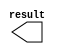
// megafunction wizard: %LPM_CONSTANT%VBB%
// GENERATION: STANDARD
// VERSION: WM1.0
// MODULE: LPM_CONSTANT 

// ============================================================
// Megafunction Name(s):
// 			LPM_CONSTANT
//
// Simulation Library Files(s):
// 			
// ============================================================
// ************************************************************
// THIS IS A WIZARD-GENERATED FILE. DO NOT EDIT THIS FILE!
//
// 17.0.0 Build 595 04/25/2017 SJ Standard Edition
// ************************************************************

//Copyright (C) 2017  Intel Corporation. All rights reserved.
//Your use of Intel Corporation's design tools, logic functions 
//and other software and tools, and its AMPP partner logic 
//functions, and any output files from any of the foregoing 
//(including device programming or simulation files), and any 
//associated documentation or information are expressly subject 
//to the terms and conditions of the Intel Program License 
//Subscription Agreement, the Intel Quartus Prime License Agreement,
//the Intel MegaCore Function License Agreement, or other 
//applicable license agreement, including, without limitation, 
//that your use is for the sole purpose of programming logic 
//devices manufactured by Intel and sold by Intel or its 
//authorized distributors.  Please refer to the applicable 
//agreement for further details.

module constant16 (
	result)/* synthesis synthesis_clearbox = 1 */;

	output	[31:0]  result;

endmodule

// ============================================================
// CNX file retrieval info
// ============================================================
// Retrieval info: PRIVATE: INTENDED_DEVICE_FAMILY STRING "Cyclone IV E"
// Retrieval info: PRIVATE: JTAG_ENABLED NUMERIC "0"
// Retrieval info: PRIVATE: JTAG_ID STRING "NONE"
// Retrieval info: PRIVATE: Radix NUMERIC "10"
// Retrieval info: PRIVATE: SYNTH_WRAPPER_GEN_POSTFIX STRING "0"
// Retrieval info: PRIVATE: Value NUMERIC "16"
// Retrieval info: PRIVATE: nBit NUMERIC "32"
// Retrieval info: PRIVATE: new_diagram STRING "1"
// Retrieval info: LIBRARY: lpm lpm.lpm_components.all
// Retrieval info: CONSTANT: LPM_CVALUE NUMERIC "16"
// Retrieval info: CONSTANT: LPM_HINT STRING "ENABLE_RUNTIME_MOD=NO"
// Retrieval info: CONSTANT: LPM_TYPE STRING "LPM_CONSTANT"
// Retrieval info: CONSTANT: LPM_WIDTH NUMERIC "32"
// Retrieval info: USED_PORT: result 0 0 32 0 OUTPUT NODEFVAL "result[31..0]"
// Retrieval info: CONNECT: result 0 0 32 0 @result 0 0 32 0
// Retrieval info: GEN_FILE: TYPE_NORMAL constant16.v TRUE
// Retrieval info: GEN_FILE: TYPE_NORMAL constant16.inc FALSE
// Retrieval info: GEN_FILE: TYPE_NORMAL constant16.cmp FALSE
// Retrieval info: GEN_FILE: TYPE_NORMAL constant16.bsf TRUE
// Retrieval info: GEN_FILE: TYPE_NORMAL constant16_inst.v FALSE
// Retrieval info: GEN_FILE: TYPE_NORMAL constant16_bb.v TRUE